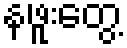
နဖူးတွေ့